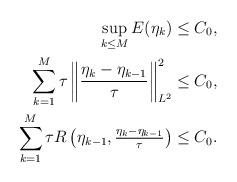
LaTeX: \begin{align*}\sup_{k \le M} E(\eta_k) & \le C_0, \\\sum_{k = 1}^M \tau \left\| \frac{\eta_k - \eta_{k - 1}}{\tau} \right\|_{L^2}^2 & \le C_0, \\\sum_{k = 1}^M \tau R\left(\eta_{k - 1}, \tfrac{\eta_k - \eta_{k - 1}}{\tau}\right) & \le C_0. \end{align*}